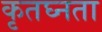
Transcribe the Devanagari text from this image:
कृतघ्नता